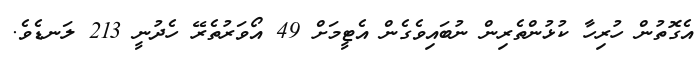
އެގޮތުން ހުރިހާ ކުޅުންތެރިން ނުބައިވެގެން އެޓީމަށް 49 އޯވަރުތެރޭ ހެދުނީ 213 ލަނޑެވެ.